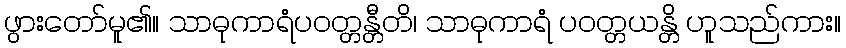
ဖွားတော်မူ၏။ သာဓုကာရံပဝတ္တန္တီတိ၊ သာဓုကာရံ ပဝတ္တယန္တိ ဟူသည်ကား။